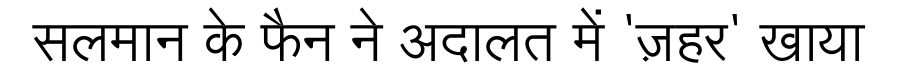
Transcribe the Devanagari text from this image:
सलमान के फैन ने अदालत में 'ज़हर' खाया